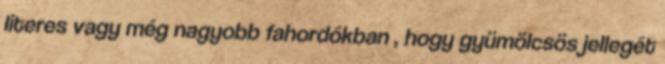
literes vagy még nagyobb fahordókban , hogy gyümölcsös jellegét